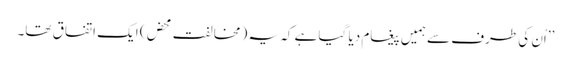
’’اُن کی طرف سے ہمیں پیغام دیا گیا ہے کہ یہ (مخالفت محض) ایک اتفاق تھا۔